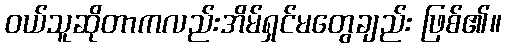
ဝယ်သူဆိုတာကလည်းအိမ်ရှင်မတွေချည်း ဖြစ်၏။